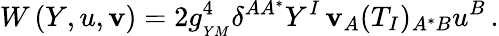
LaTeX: W\left(Y,u,\mathbf{v}\right)=2g_{_{YM}}^{4}\delta^{AA^{*}}Y^{I}\, \mathbf{v}_{A}(T_{I})_{A^{*}B}u^{B}\, .